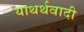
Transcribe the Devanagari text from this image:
याथर्थवादी